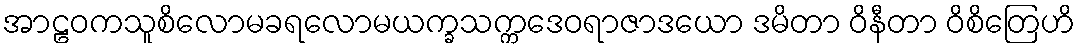
အာဠဝကသူစိလောမခရလောမယက္ခသက္ကဒေဝရာဇာဒယော ဒမိတာ ဝိနီတာ ဝိစိတြေဟိ